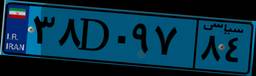
۳۸D۰۹۷۸۴